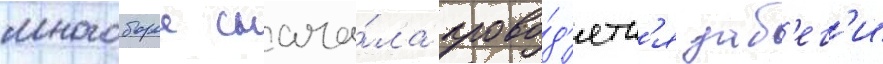
многоборье снача́ла прово́д'ятс'я заб'ег'и